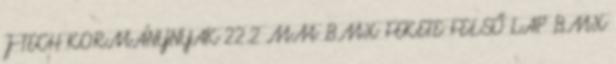
J-TECH KORMÁNYNYAK 22.2 MM BMX FEKETE FELSŐ LAP BMX